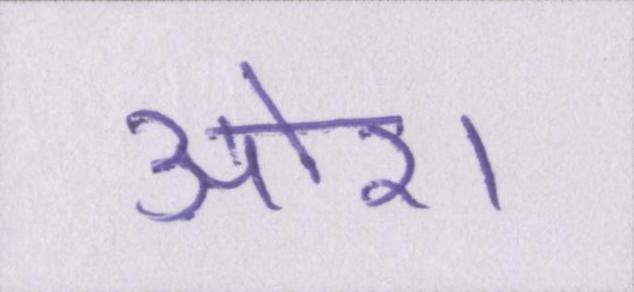
ओर।